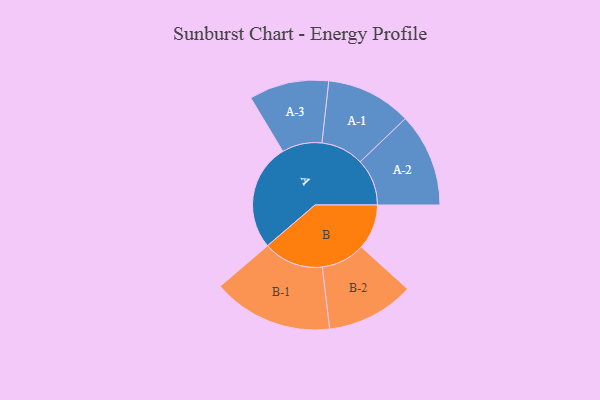
{"axis": {"x": "Segment", "y": "Value"}, "legend": ["", "A", "B"], "data": [{"x": "A", "y": 449, "type": ""}, {"x": "B", "y": 190, "type": ""}, {"x": "A-1", "y": 180, "type": "A"}, {"x": "A-2", "y": 197, "type": "A"}, {"x": "A-3", "y": 168, "type": "A"}, {"x": "B-1", "y": 253, "type": "B"}, {"x": "B-2", "y": 185, "type": "B"}]}